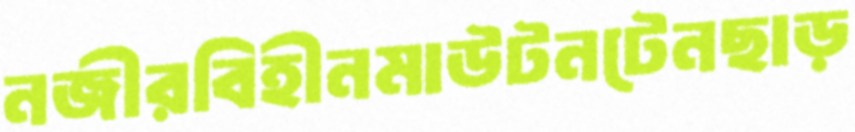
নজীরবিহীনমাউটনটেনছাড়